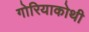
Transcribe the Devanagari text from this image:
गोरियाकोथी